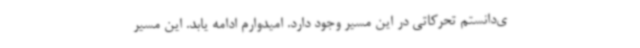
ی‌دانستم تحرکاتی در این مسیر وجود دارد. امیدوارم ادامه یابد. این مسیر